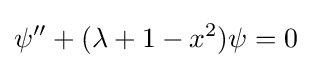
\psi ''+(\lambda +1-x^{2})\psi =0